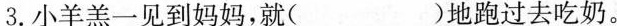
3.小羊羔一见到妈妈，就( )地跑过去吃奶。